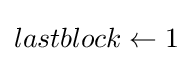
lastblock\leftarrow 1